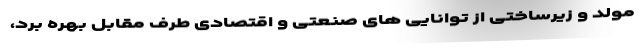
مولد و زیرساختی از توانایی های صنعتی و اقتصادی طرف مقابل بهره برد،